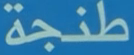
طَنْجَة